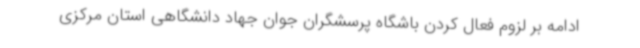
ادامه بر لزوم فعال کردن باشگاه پرسشگران جوان جهاد دانشگاهی استان مرکزی